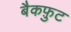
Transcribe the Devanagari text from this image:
बैकफ़ुट